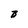
Character: B